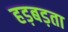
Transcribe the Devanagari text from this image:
हड़बड़ता